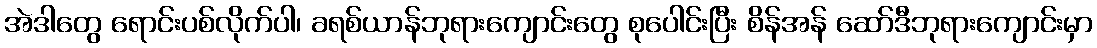
အဲဒါတွေ ရောင်းပစ်လိုက်ပါ၊ ခရစ်ယာန်ဘုရားကျောင်းတွေ စုပေါင်းပြီး စိန်အန် ဆော်ဒီဘုရားကျောင်းမှာ